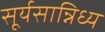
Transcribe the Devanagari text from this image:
सूर्यसान्निध्य